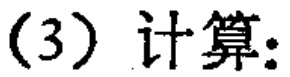
(3) 计算：